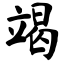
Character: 竭